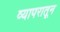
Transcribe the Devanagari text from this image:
व्यापरातून